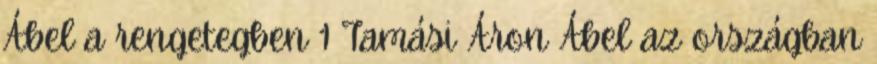
Ábel a rengetegben 1 Tamási Áron Ábel az országban